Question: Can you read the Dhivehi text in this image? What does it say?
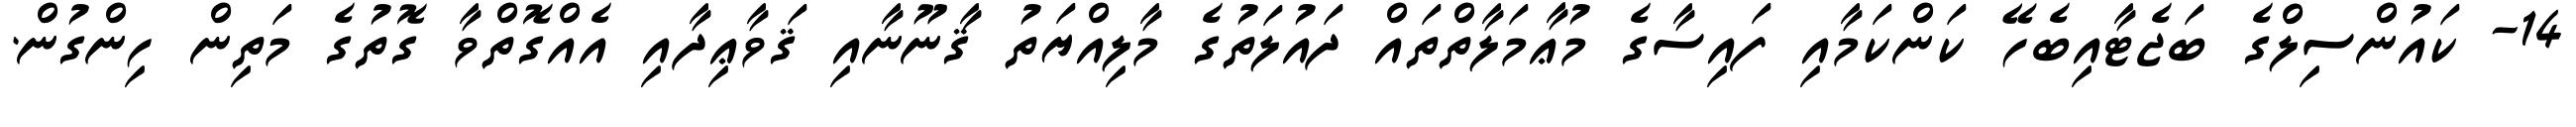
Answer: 14- ކައުންސިލްގެ ބަޖެޓާއިބެހޭ ކަންކަމާއި ފައިސާގެ މުޢާމަލާތްތައް ދައުލަތުގެ މާލިއްޔަތު ޤާނޫނާއި ޤަވާޢިދާއި އެއްގޮތްވާ ގޮތުގެ މަތިން ހިންގުން.